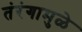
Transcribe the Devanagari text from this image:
तंरंगामुळे